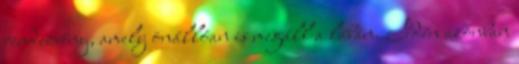
rendezvény, amely önállóan is megáll a lábán. Idén azonban